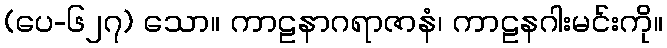
(ပေ-၆၂၇) သော။ ကာဠနာဂရာဇာနံ၊ ကာဠနဂါးမင်းကို။